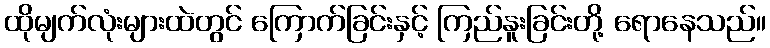
ထိုမျက်လုံးများထဲတွင် ကြောက်ခြင်းနှင့် ကြည်နူးခြင်းတို့ ရောနေသည်။